Vaccination in the Punjab 1897-1904 - 1897-1904
Year: 1897
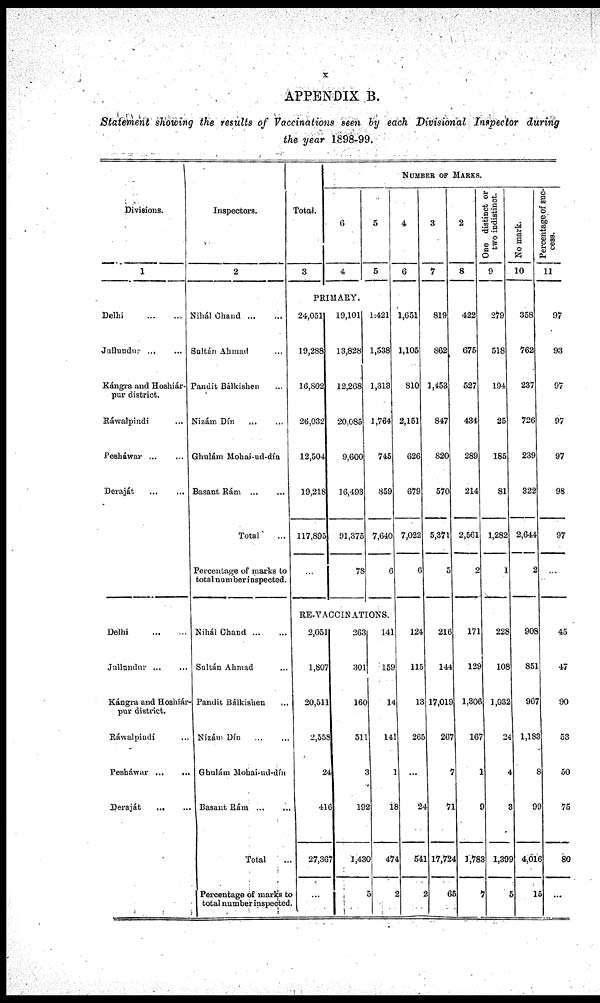
APPENDIX B.
Statement showing the results of Vaccinations seen by each Divisional Inspector during
the year 1898-99.
Divisions.
1
Delhi
...
...
Jullundnr
...
...
Kángra and Hoshiár-
pur district.
Ráwalpindi ...
Pesháwar ... ...
Deraját
...
...
Delhi
...
...
Jullundur
...
...
Kángra and Hoshiár-
pur district.
Ráwalpindi ...
Pesháwar
...
...
Deraját
...
...
Inspectors.
2
Nihál Chand
...
Sultán Ahmad ... ...
Pandit Bálkishen ...
Nizám Dín ... ...
Ghulám Mohai-ud-dín
Basant Rám
...
...
Total
...
Percentage of marks to
total number inspected.
Nihál Chand
...
...
Sultán Ahmad ...
Pandit Bálkishen
...
Nizám Dín ...
Ghulám Mohai-ud-dín
Basant Rám
...
...
Total ...
Percentage of marks to
total number inspected.
Total.
3
NUMBER OF MARKS.
6
4
PRIMARY.
24,051
19,288
16,802
26,032
12,504
19,218
117,895
...
19,101
13,828
12,268
20,085
9,600
16,493
91,375
78
5
5
1:421
1,538
1,313
1,764
745
859
7,640
6
RE-VACCINATIONS.
2,051
1,807
20,511
2,558
24
416
27,367
...
263
301
160
511
3
192
1,430
5
141
159
14
141
1
18
474
2
4
6
1,651
1,105
810
2,151
626
679
7,022
6
124
115
13
265
...
24
541
2
3
7
819
862
1,453
847
820
570
5,371
5
216
144
17,019
267
7
71
17,724
65
2
8
422
675
527
434
289
214
2,561
2
171
129
1,306
167
1
9
1,783
7
One distinct or
two indistinct.
9
279
518
194
25
185
81
1,282
1
228
108
1,032
24
4
3
1,399
5
No mark.
10
358
762
237
726
239
322
2,644
2
908
851
967
1,183
8
99
4,016
15
Percentage of suc-
cess.
11
97
93
97
97
97
98
97
...
45
47
90
53
50
75
80
...